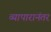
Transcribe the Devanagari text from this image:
व्यापारानंतर